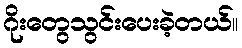
ဂိုးတွေသွင်းပေးခဲ့တယ်။